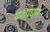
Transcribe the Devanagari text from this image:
यशोधन